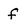
Character: f